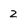
Character: z